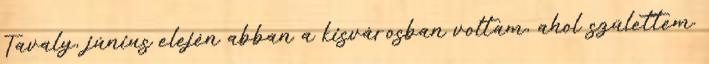
Tavaly, június elején abban a kisvárosban voltam, ahol születtem.